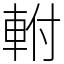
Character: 軵